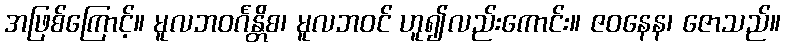
အဖြစ်ကြောင့်။ မူလဘဝင်္ဂန္တိစ၊ မူလဘဝင် ဟူ၍လည်းကောင်း။ ဇဝနေန၊ ဇောသည်။